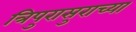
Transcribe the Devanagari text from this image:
त्रिपुरासुराच्या